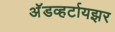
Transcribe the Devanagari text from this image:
अॅडव्हर्टायझर